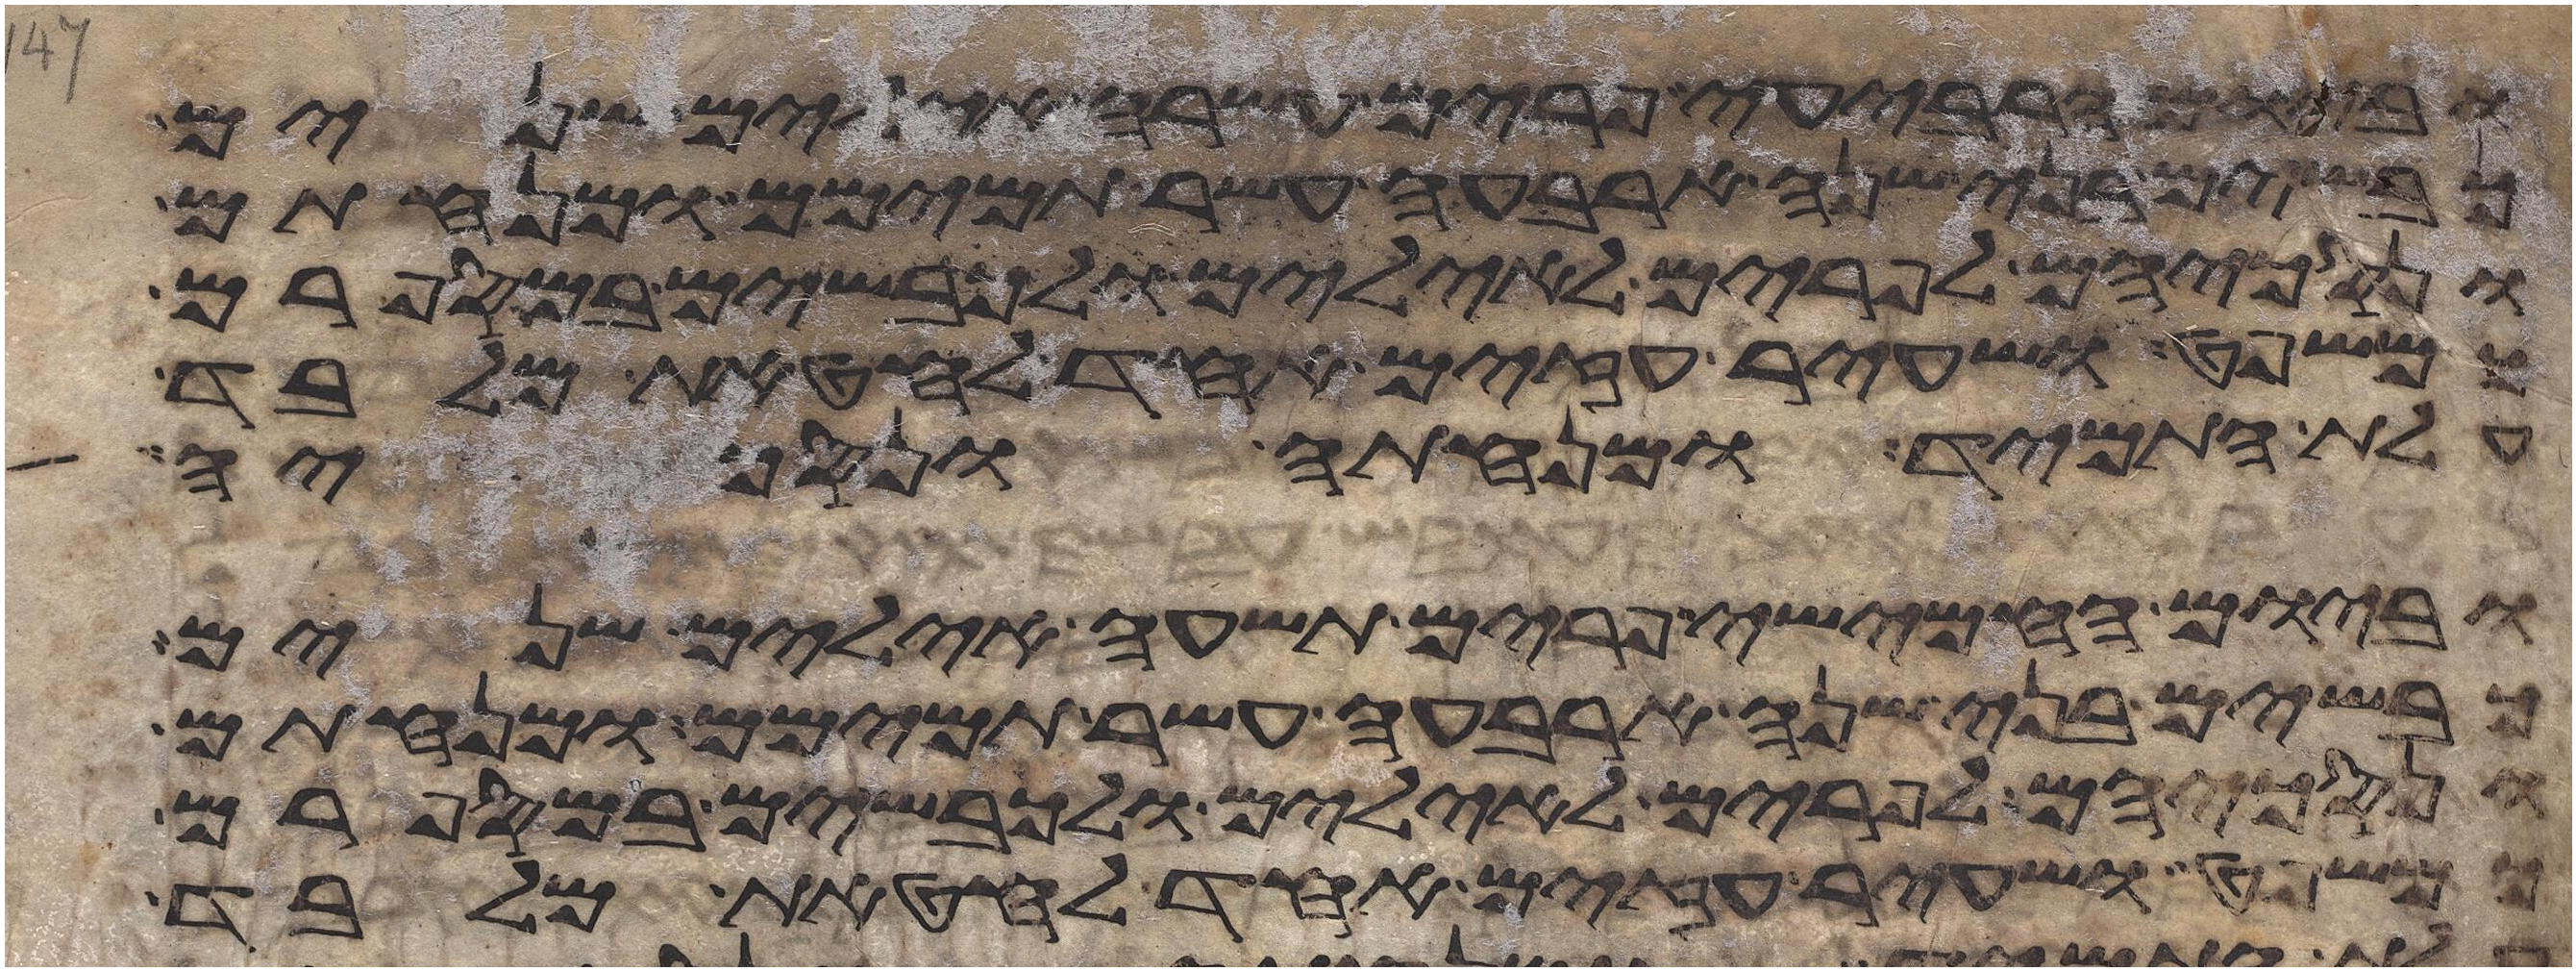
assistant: וביום הרביעי פרים עשרה אילים שנים
כבשים בני שנה ארבעה עשר תמימם ומנחתם
ונסכיהם לפרים לאילים ולכבשים במספרם
כמשפט ושעיר עזים אחד לחטאת מלבד
עלת התמיד ומנחתה ונסכיה
וביום החמישי פרים תשעה אילים שנים
כבשים בני שנה ארבעה עשר תמימם ומנחתם
ונסכיהם לפרים לאילים ולכבשים במספרם
כמשפט ושעיר עזים אחד לחטאת מלבד